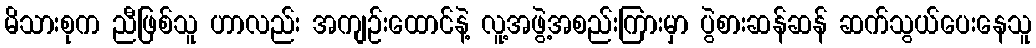
မိသားစုက ညီဖြစ်သူ ဟာလည်း အကျဉ်းထောင်နဲ့ လူ့အဖွဲ့အစည်းကြားမှာ ပွဲစားဆန်ဆန် ဆက်သွယ်ပေးနေသူ